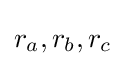
r_{a},r_{b},r_{c}